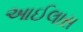
આઈલાસ